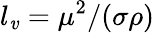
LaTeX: l_{\mathit{v}}=\mu^{2}/(\sigma\rho)